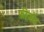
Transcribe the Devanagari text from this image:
फ़ीज़ॅंट